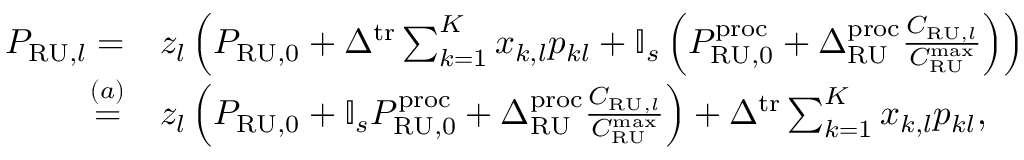
\begin{array} { r l } { P _ { \mathrm { R U } , l } = } & { z _ { l } \left( P _ { \mathrm { R U } , 0 } + \Delta ^ { \mathrm { t r } } \sum _ { k = 1 } ^ { K } x _ { k , l } p _ { k l } + \mathbb { I } _ { s } \left( P _ { \mathrm { R U , 0 } } ^ { \mathrm { p r o c } } + \Delta _ { \mathrm { R U } } ^ { \mathrm { p r o c } } \frac { C _ { \mathrm { R U } , l } } { C _ { \mathrm { R U } } ^ { \mathrm { m a x } } } \right) \right) } \\ { \stackrel { ( a ) } = } & { z _ { l } \left( P _ { \mathrm { R U } , 0 } + \mathbb { I } _ { s } P _ { \mathrm { R U , 0 } } ^ { \mathrm { p r o c } } + \Delta _ { \mathrm { R U } } ^ { \mathrm { p r o c } } \frac { C _ { \mathrm { R U } , l } } { C _ { \mathrm { R U } } ^ { \mathrm { m a x } } } \right) + \Delta ^ { \mathrm { t r } } \sum _ { k = 1 } ^ { K } x _ { k , l } p _ { k l } , } \end{array}